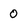
Character: 0